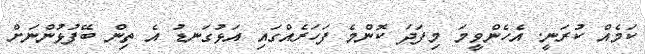
ކަމެއް ކުރަނީ. އެހެންވީމަ މިފަދަ ކޮންމެ ފަހަރެއްގައި އަޅުގަނޑު އެ ތިން ބޭފުޅުންނަށް